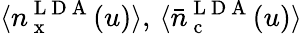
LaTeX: \langle n_{\mathrm{~x~}}^{\mathrm{~L~D~A~}}(u)\rangle,\, \langle\bar{n}_{\mathrm{~c~}}^{\mathrm{~L~D~A~}}(u)\rangle